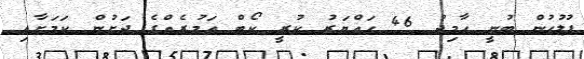
ފުލުހުން ބުނީ ހާމިދު 46 ހައްޔަރު ކުރީ ކޯޓް އަމުރެއްގެ ދަށުން ކަމަށާއި